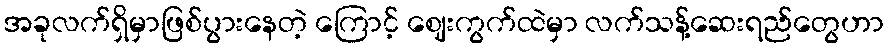
အခုလက်ရှိမှာဖြစ်ပွားနေတဲ့ ကြောင့် ဈေးကွက်ထဲမှာ လက်သန့်ဆေးရည်တွေဟာ